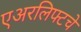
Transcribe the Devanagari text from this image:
एअरलिफ्टचे